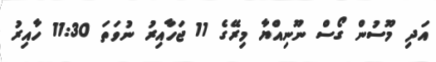
އަދި މޫސުން ގޯސް ނޫނިއްޔާ މިރޭގެ 11 ޖަހާއިރު ނުވަތަ 11:30 ހާއިރު